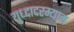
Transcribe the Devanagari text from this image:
युध्दादरम्यान